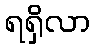
ရရှိလာ